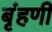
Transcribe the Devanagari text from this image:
बृंहणी